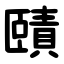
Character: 賾